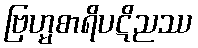
ဗြဟ္မစာရိပဋိညဿ